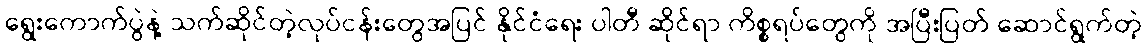
ရွေးကောက်ပွဲနဲ့ သက်ဆိုင်တဲ့လုပ်ငန်းတွေအပြင် နိုင်ငံရေး ပါတီ ဆိုင်ရာ ကိစ္စရပ်တွေကို အပြီးပြတ် ဆောင်ရွက်တဲ့